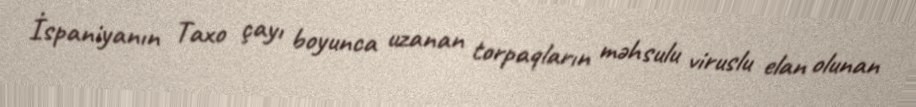
İspaniyanın Taxo çayı boyunca uzanan torpaqların məhsulu viruslu elan olunan